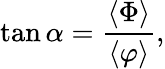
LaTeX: \tan\alpha=\frac{\langle\Phi\rangle}{\langle\varphi\rangle},